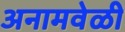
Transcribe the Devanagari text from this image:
अनामवेळी